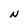
Character: N